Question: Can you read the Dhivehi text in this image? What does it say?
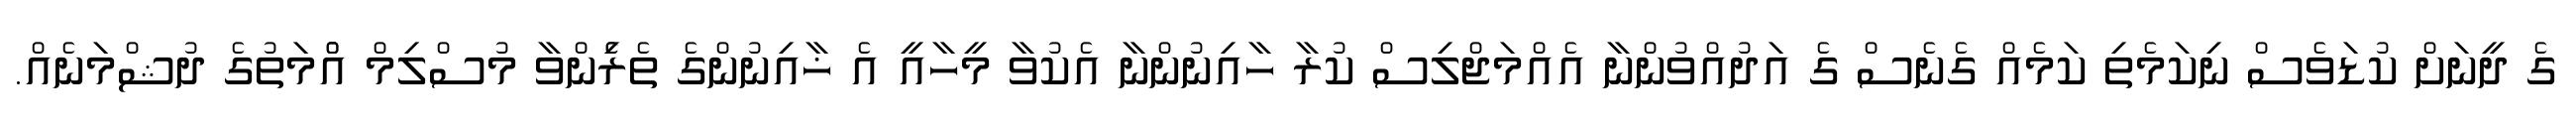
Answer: ގެ ދީނަށް ކުޑަވެސް ނިކަމެތި ކަމެއް ގެނެސް ގެ އަދުއްވުންނާ އެއްމަޖްލިސް ކުރާ ހާއިނުންނާ އެކުވާ މީހާއީ އެ ޚާއިނުންގެ ތެރެެިންވާ މުސްލިމް އުެްމަތުގެ ދުޝްމަނެއް.